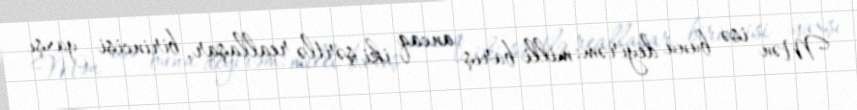
Mən isə bunu deyirəm: milli barış ancaq iki şərtlə reallaşar, birincisi yaxşı